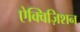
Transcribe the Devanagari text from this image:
ऐक्विज़िशन